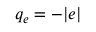
q _ { e } = - | e |